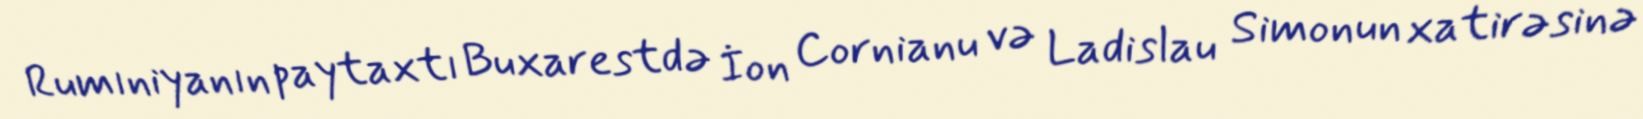
Rumıniyanın paytaxtı Buxarestdə İon Cornianu və Ladislau Simonun xatirəsinə